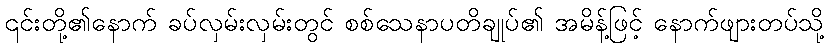
၎င်းတို့၏နောက် ခပ်လှမ်းလှမ်းတွင် စစ်သေနာပတိချုပ်၏ အမိန့်ဖြင့် နောက်ဖျားတပ်သို့